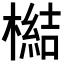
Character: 𣚬